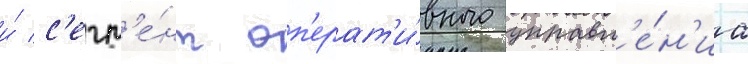
и́ с'егм'е́нт оп'ерат'и́вного управл'е́н'иа